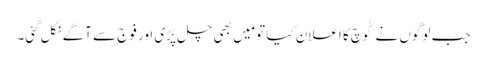
جب لوگوں نے کُوچ کا اعلان کیا تو مَیں بھی چل پڑی اور فوج سے آگے نکل گئی۔